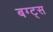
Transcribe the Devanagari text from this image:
बग्ट्स